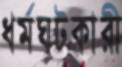
ধর্মঘটকারী